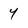
Character: 4